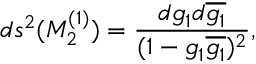
d s ^ { 2 } ( { \cal M } _ { 2 } ^ { ( 1 ) } ) = \frac { d g _ { 1 } d \overline { { { g _ { 1 } } } } } { ( 1 - g _ { 1 } \overline { { { g _ { 1 } } } } ) ^ { 2 } } ,